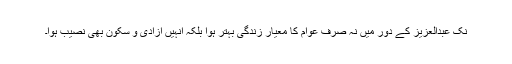
نک عبدالعزیز کے دور میں نہ صرف عوام کا معیارِ زندگی بہتر ہوا بلکہ انہیں آزادی و سکون بھی نصیب ہوا۔